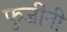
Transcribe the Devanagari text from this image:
फुजींनी